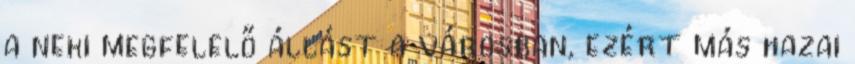
a neki megfelelő állást a városban, ezért más hazai